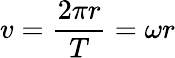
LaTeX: v={\frac{2\pi r}{T}}=\omega r